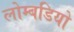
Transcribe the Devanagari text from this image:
लोम्बडियो